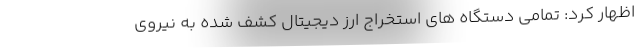
اظهار کرد: تمامی دستگاه های استخراج ارز دیجیتال کشف شده به نیروی